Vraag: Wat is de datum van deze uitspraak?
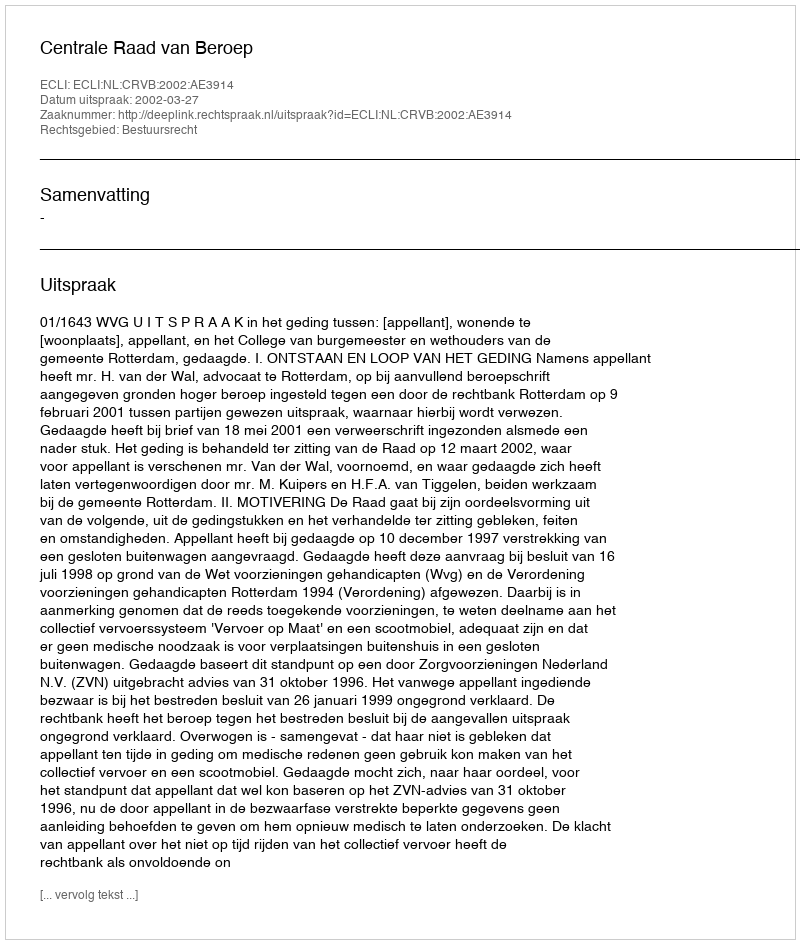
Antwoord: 2002-03-27